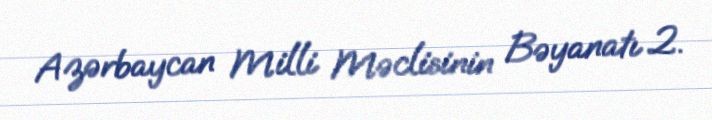
Azərbaycan Milli Məclisinin Bəyanatı 2.